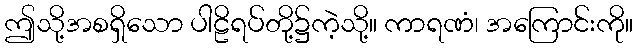
ဤသို့အစရှိသော ပါဠိရပ်တို့၌ကဲ့သို့။ ကာရဏံ၊ အကြောင်းကို။